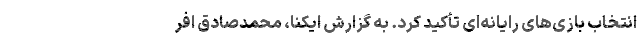
انتخاب بازی‌های رایانه‌ای تأکید کرد. به گزارش ایکنا، محمدصادق افر